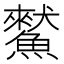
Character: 𩻜